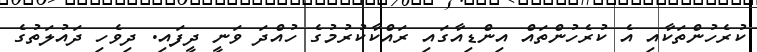
ކުރެހުންތަކާއި އެ ކުރެހުންތައް އިިންޑިއާގައި ރައްކާކުރުމުގެ ހުއްދަ ވަނީ ދީފައި. ދިވެހި ދައުލަތުގެ